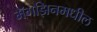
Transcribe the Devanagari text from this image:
मॅगझिनमधील